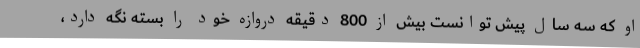
او که سه سال پیش توانست بیش از 800 دقیقه دروازه خود را بسته نگه دارد،